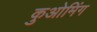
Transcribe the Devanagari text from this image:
कुओमिंग